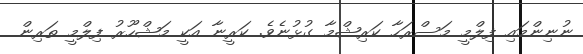
ނުނިންމައި ފިލްމީ މަސްރަހާ ކަރިޝްމާ ގުޅުނެވެ. ކަރީނާ އަކީ މަޝްހޫރު ފިލްމީ ތަރިން